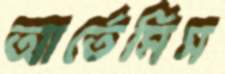
আর্তেমিস